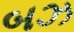
બઝ